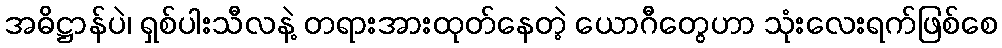
အဓိဋ္ဌာန်ပဲ၊ ရှစ်ပါးသီလနဲ့ တရားအားထုတ်နေတဲ့ ယောဂီတွေဟာ သုံးလေးရက်ဖြစ်စေ